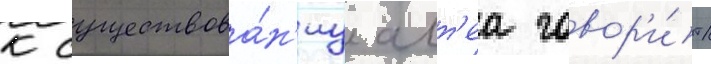
к существова́н'иу алт'еа говор'и́т